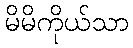
မိမိကိုယ်သာ